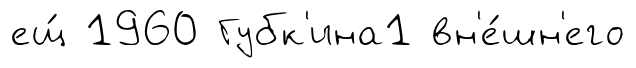
ещ́ 1960 Губк'ина1 вн'е́шн'его